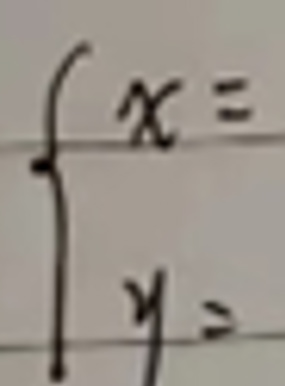
\[
\begin{cases}
x = \\
y =
\end{cases}
\]